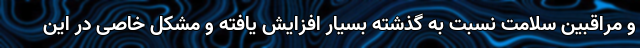
و مراقبین سلامت نسبت به گذشته بسیار افزایش یافته و مشکل خاصی در این